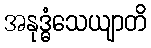
အနုဒ္ဓံသေယျာတိ